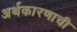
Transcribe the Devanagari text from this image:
अर्थकारणाची